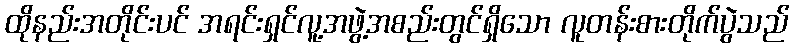
ထိုနည်းအတိုင်းပင် အရင်းရှင်လူ့အဖွဲ့အစည်းတွင်ရှိသော လူတန်းစားတိုက်ပွဲသည်